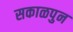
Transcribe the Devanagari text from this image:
सकाळपुन